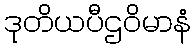
ဒုတိယပီဌဝိမာနံ